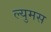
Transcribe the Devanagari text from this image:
ल्युमस